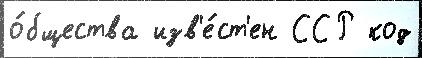
о́бщества изв'е́ст'ен ССР код